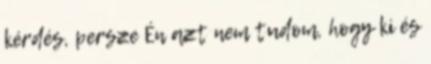
kérdés, persze Én azt nem tudom, hogy ki és